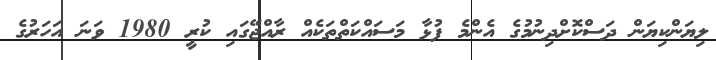
ލިޔަންކިޔަން ދަސްކޮށްދިނުމުގެ އެންމެ ފުޅާ މަސައްކަތްތަކެއް ރާއްޖޭގައި ކުރީ 1980 ވަނަ އަހަރުގެ